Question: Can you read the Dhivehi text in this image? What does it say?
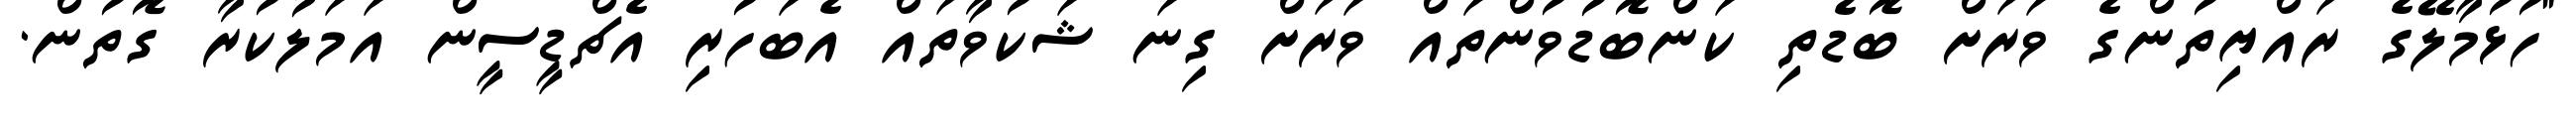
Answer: "ހުޅުމާލޭގެ ރައްޔިތުންގެ ވަރަށް ބޮޑެތި ކަންބޮޑުވުންތައް ވަރަށް ގިނަ ޝަކުވާތައް އެބަހުރި އެޗްޑީސީން އަމަލުކުރާ ގޮތުން.